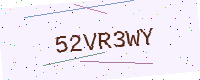
Text: 52VR3WY